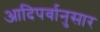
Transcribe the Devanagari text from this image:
आदिपर्वानुसार